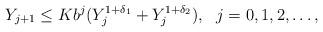
LaTeX: \begin{align*}Y_{j+1} \leq K b^{j} (Y_{j}^{1+\delta_1}+Y_{j}^{1+\delta_2}), ~~ j=0,1,2,\ldots,\end{align*}